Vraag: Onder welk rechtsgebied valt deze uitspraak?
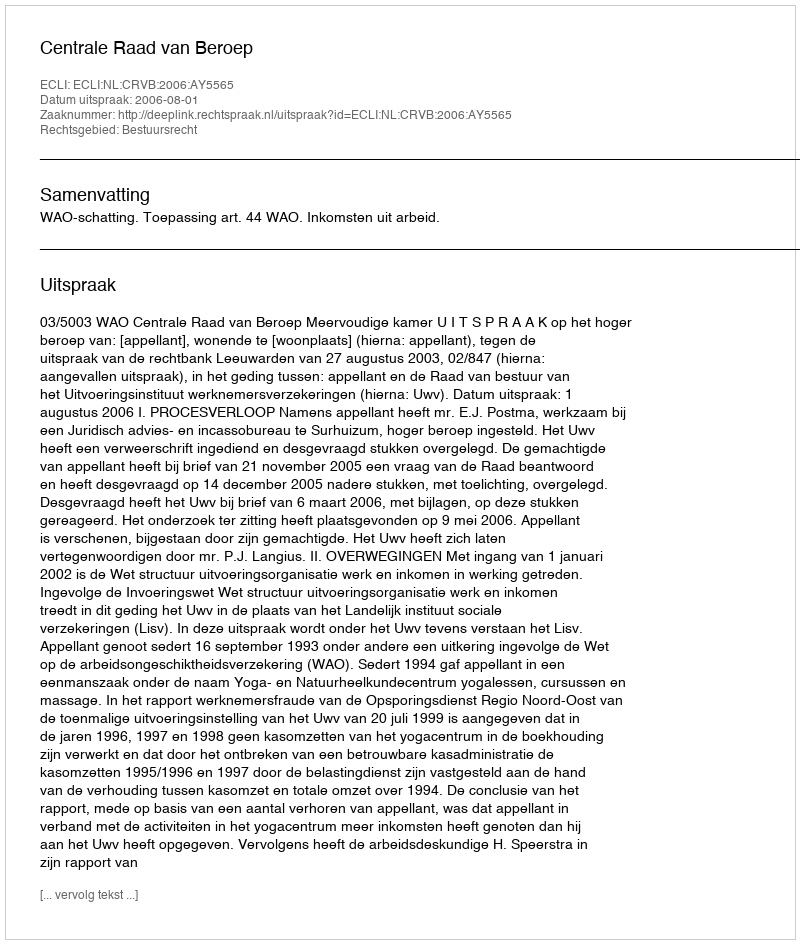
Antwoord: Bestuursrecht